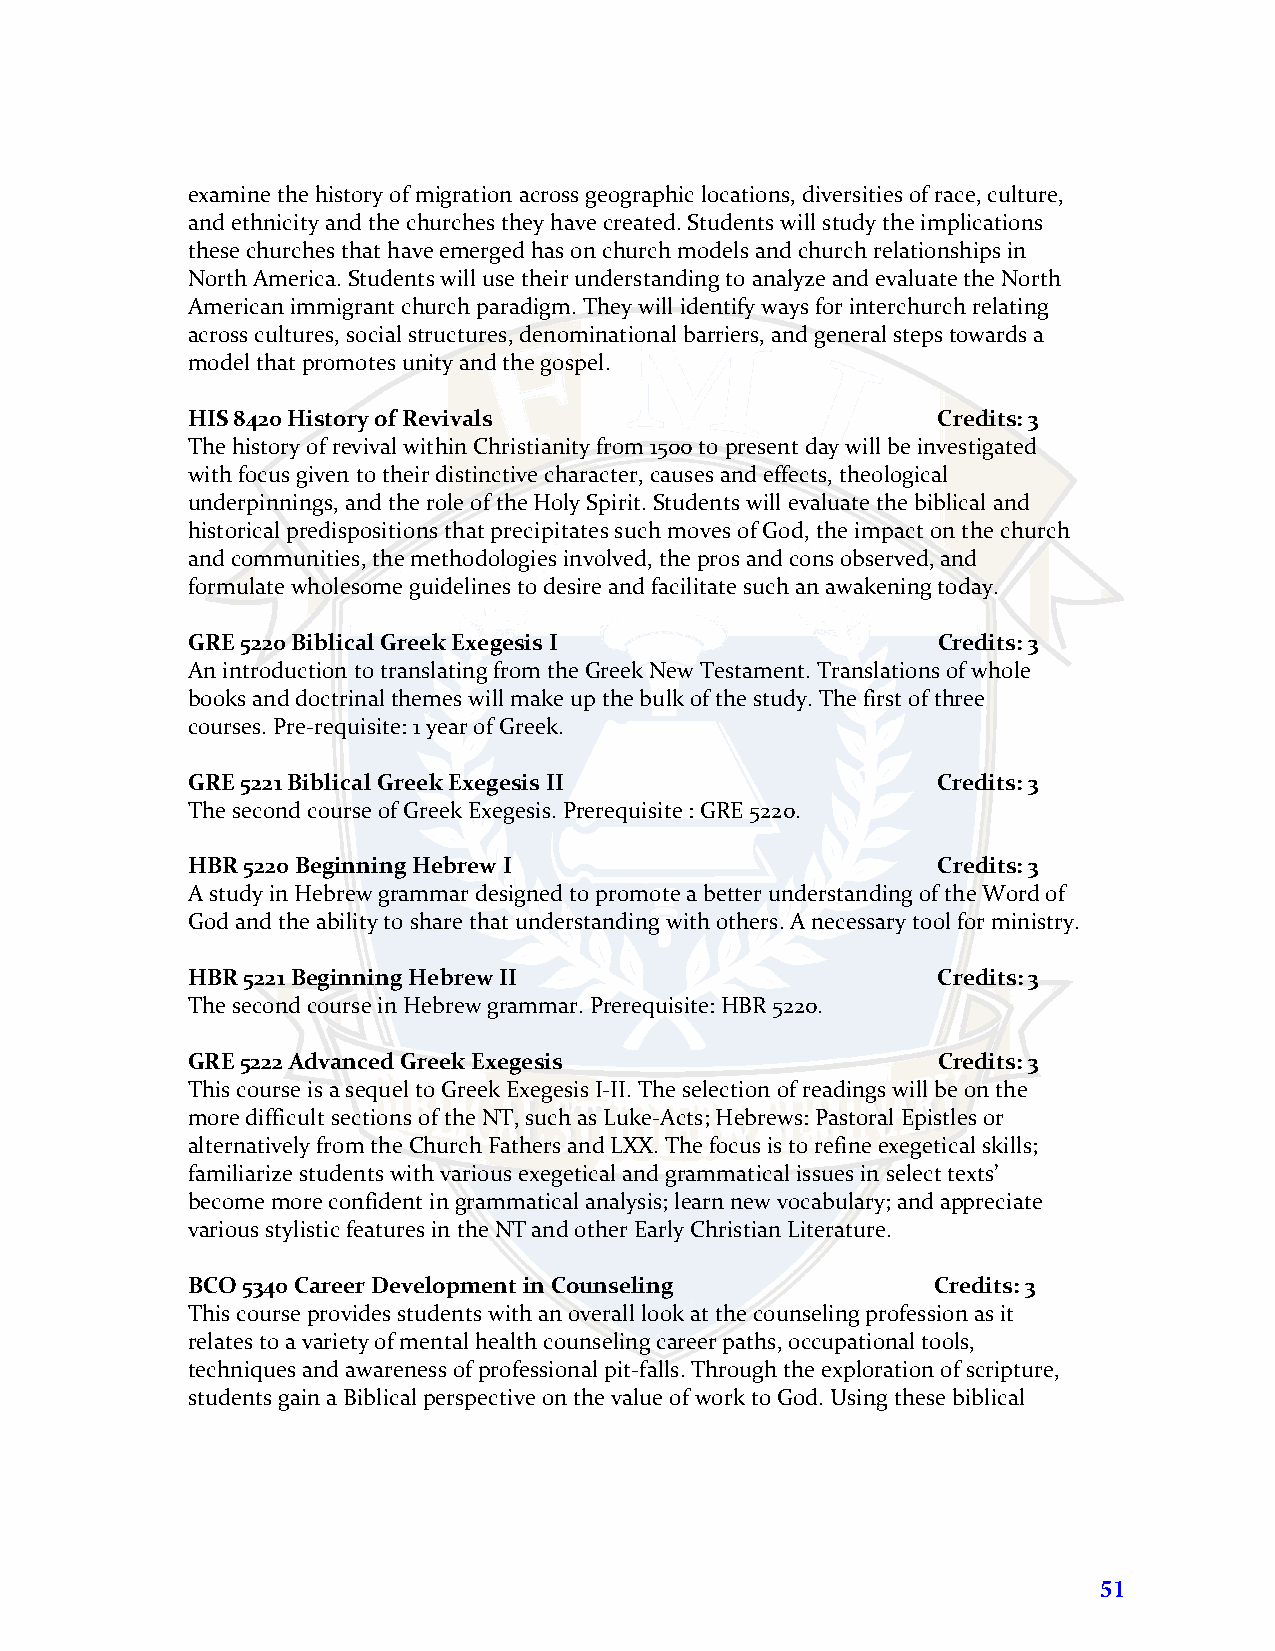
examine the history of migration across geographic locations, diversities of race, culture,
 and ethnicity and the churches they have created. Students will study the implications
 these churches that have emerged has on church models and church relationships in
 North America. Students will use their understanding to analyze and evaluate the North
 American immigrant church paradigm. They will identify ways for interchurch relating
 across cultures, social structures, denominational barriers, and general steps towards a
 model that promotes unity and the gospel.
 HIS 8420 History of Revivals                      Credits: 3
 The history of revival within Christianity from 1500 to present day will be investigated
 with focus given to their distinctive character, causes and effects, theological
 underpinnings, and the role of the Holy Spirit. Students will evaluate the biblical and
 historical predispositions that precipitates such moves of God, the impact on the church
 and communities, the methodologies involved, the pros and cons observed, and
 formulate wholesome guidelines to desire and facilitate such an awakening today.
 GRE 5220 Biblical Greek Exegesis I                Credits: 3
 An introduction to translating from the Greek New Testament. Translations of whole
 books and doctrinal themes will make up the bulk of the study. The first of three
 courses. Pre-requisite: 1 year of Greek.
 GRE 5221 Biblical Greek Exegesis II               Credits: 3
 The second course of Greek Exegesis. Prerequisite : GRE 5220.
 HBR 5220 Beginning Hebrew I                       Credits: 3
 A study in Hebrew grammar designed to promote a better understanding of the Word of
 God and the ability to share that understanding with others. A necessary tool for ministry.
 HBR 5221 Beginning Hebrew II                      Credits: 3
 The second course in Hebrew grammar. Prerequisite: HBR 5220.
 GRE 5222 Advanced Greek Exegesis                  Credits: 3
 This course is a sequel to Greek Exegesis I-II. The selection of readings will be on the
 more difficult sections of the NT, such as Luke-Acts; Hebrews: Pastoral Epistles or
 alternatively from the Church Fathers and LXX. The focus is to refine exegetical skills;
 familiarize students with various exegetical and grammatical issues in select texts’
 become more confident in grammatical analysis; learn new vocabulary; and appreciate
 various stylistic features in the NT and other Early Christian Literature.
 BCO 5340 Career Development in Counseling         Credits: 3
 This course provides students with an overall look at the counseling profession as it
 relates to a variety of mental health counseling career paths, occupational tools,
 techniques and awareness of professional pit-falls. Through the exploration of scripture,
 students gain a Biblical perspective on the value of work to God. Using these biblical
 51